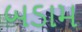
બડામ